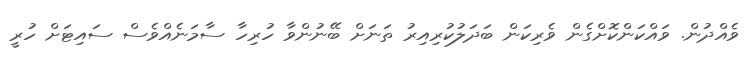
ވެއްދުން. ވައްކަންކޮށްގެން ވެރިކަން ބަދަލުކުރިއިރު ތަނަށް ބޭނުންވާ ހުރިހާ ސާމަނެއްވެސް ސައިޓަށް ހުރީ